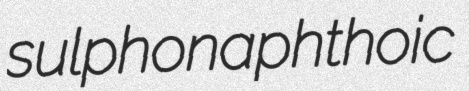
sulphonaphthoic